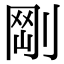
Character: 𠝾